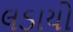
લડાયો